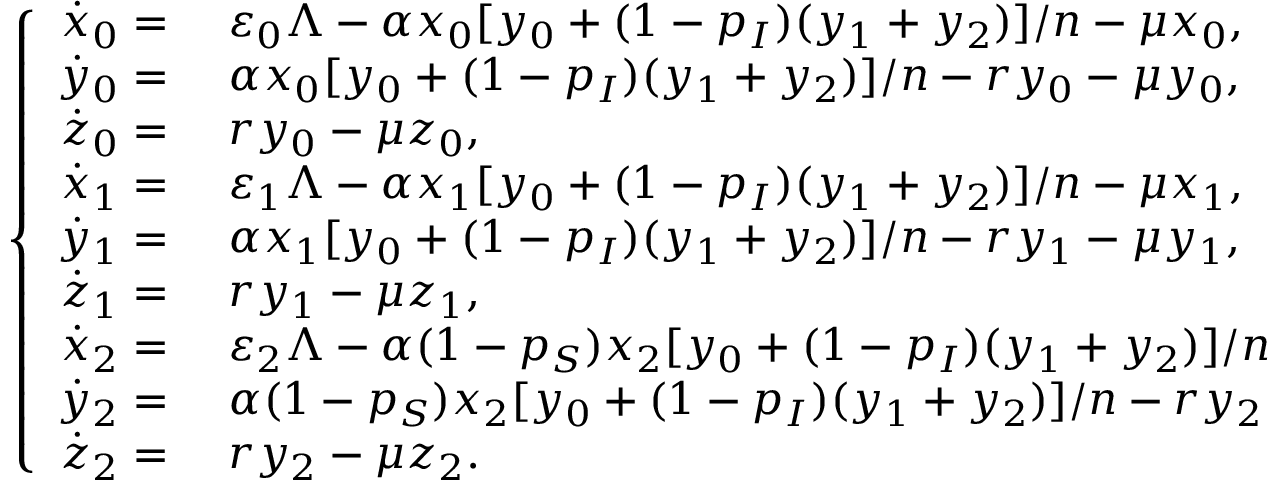
\left\{ \begin{array} { r l } { \dot { x } _ { 0 } = } & { { } ~ \varepsilon _ { 0 } \Lambda - \alpha x _ { 0 } [ y _ { 0 } + ( 1 - p _ { I } ) ( y _ { 1 } + y _ { 2 } ) ] / n - \mu x _ { 0 } , } \\ { \dot { y } _ { 0 } = } & { { } ~ \alpha x _ { 0 } [ y _ { 0 } + ( 1 - p _ { I } ) ( y _ { 1 } + y _ { 2 } ) ] / n - r y _ { 0 } - \mu y _ { 0 } , } \\ { \dot { z } _ { 0 } = } & { { } ~ r y _ { 0 } - \mu z _ { 0 } , } \\ { \dot { x } _ { 1 } = } & { { } ~ \varepsilon _ { 1 } \Lambda - \alpha x _ { 1 } [ y _ { 0 } + ( 1 - p _ { I } ) ( y _ { 1 } + y _ { 2 } ) ] / n - \mu x _ { 1 } , } \\ { \dot { y } _ { 1 } = } & { { } ~ \alpha x _ { 1 } [ y _ { 0 } + ( 1 - p _ { I } ) ( y _ { 1 } + y _ { 2 } ) ] / n - r y _ { 1 } - \mu y _ { 1 } , } \\ { \dot { z } _ { 1 } = } & { { } ~ r y _ { 1 } - \mu z _ { 1 } , } \\ { \dot { x } _ { 2 } = } & { { } ~ \varepsilon _ { 2 } \Lambda - \alpha ( 1 - p _ { S } ) x _ { 2 } [ y _ { 0 } + ( 1 - p _ { I } ) ( y _ { 1 } + y _ { 2 } ) ] / n } \\ { \dot { y } _ { 2 } = } & { { } ~ \alpha ( 1 - p _ { S } ) x _ { 2 } [ y _ { 0 } + ( 1 - p _ { I } ) ( y _ { 1 } + y _ { 2 } ) ] / n - r y _ { 2 } } \\ { \dot { z } _ { 2 } = } & { { } ~ r y _ { 2 } - \mu z _ { 2 } . } \end{array} \right.